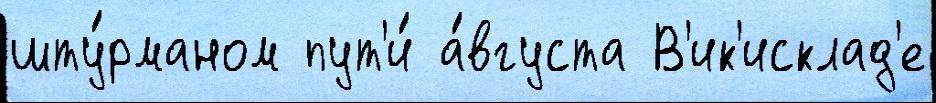
шту́рманом пут'и́ а́вгуста В'ик'исклад'е